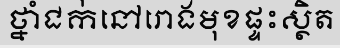
ថ្នាំជក់នៅរោងមុខផ្ទះស្ថិត